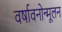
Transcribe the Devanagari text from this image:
वर्षावनोन्मूलन